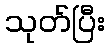
သုတ်ပြီး